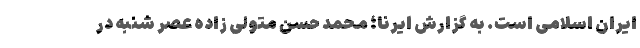
ایران اسلامی است. به گزارش ایرنا؛ محمد حسن متولی زاده عصر شنبه در